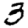
Digit: 3